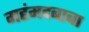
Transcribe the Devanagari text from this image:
महंमदबाबा